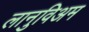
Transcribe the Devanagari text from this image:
लानुविअम